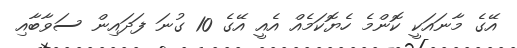
އޭގެ މާނައަކީ ކޮންމެ ހެޔޮކަމެއް އެއީ އޭގެ 10 ގުނަ ފަދައިން ސަވާބާއި